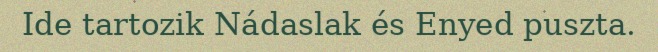
Ide tartozik Nádaslak és Enyed puszta.